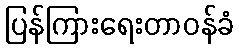
ပြန်ကြားရေးတာဝန်ခံ